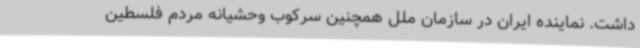
داشت. نماینده ایران در سازمان ملل همچنین سرکوب وحشیانه مردم فلسطین